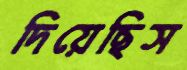
দিয়েছিস